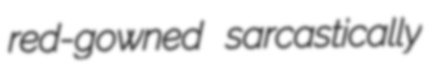
red-gowned sarcastically